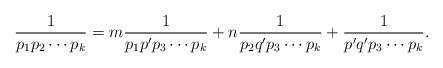
LaTeX: \begin{align*}\frac{1}{p_1p_2 \cdots p_k} = m\frac{1}{p_1p'p_3 \cdots p_k} + n\frac{1}{p_2q'p_3 \cdots p_k} + \frac{1}{p'q'p_3 \cdots p_k}.\end{align*}